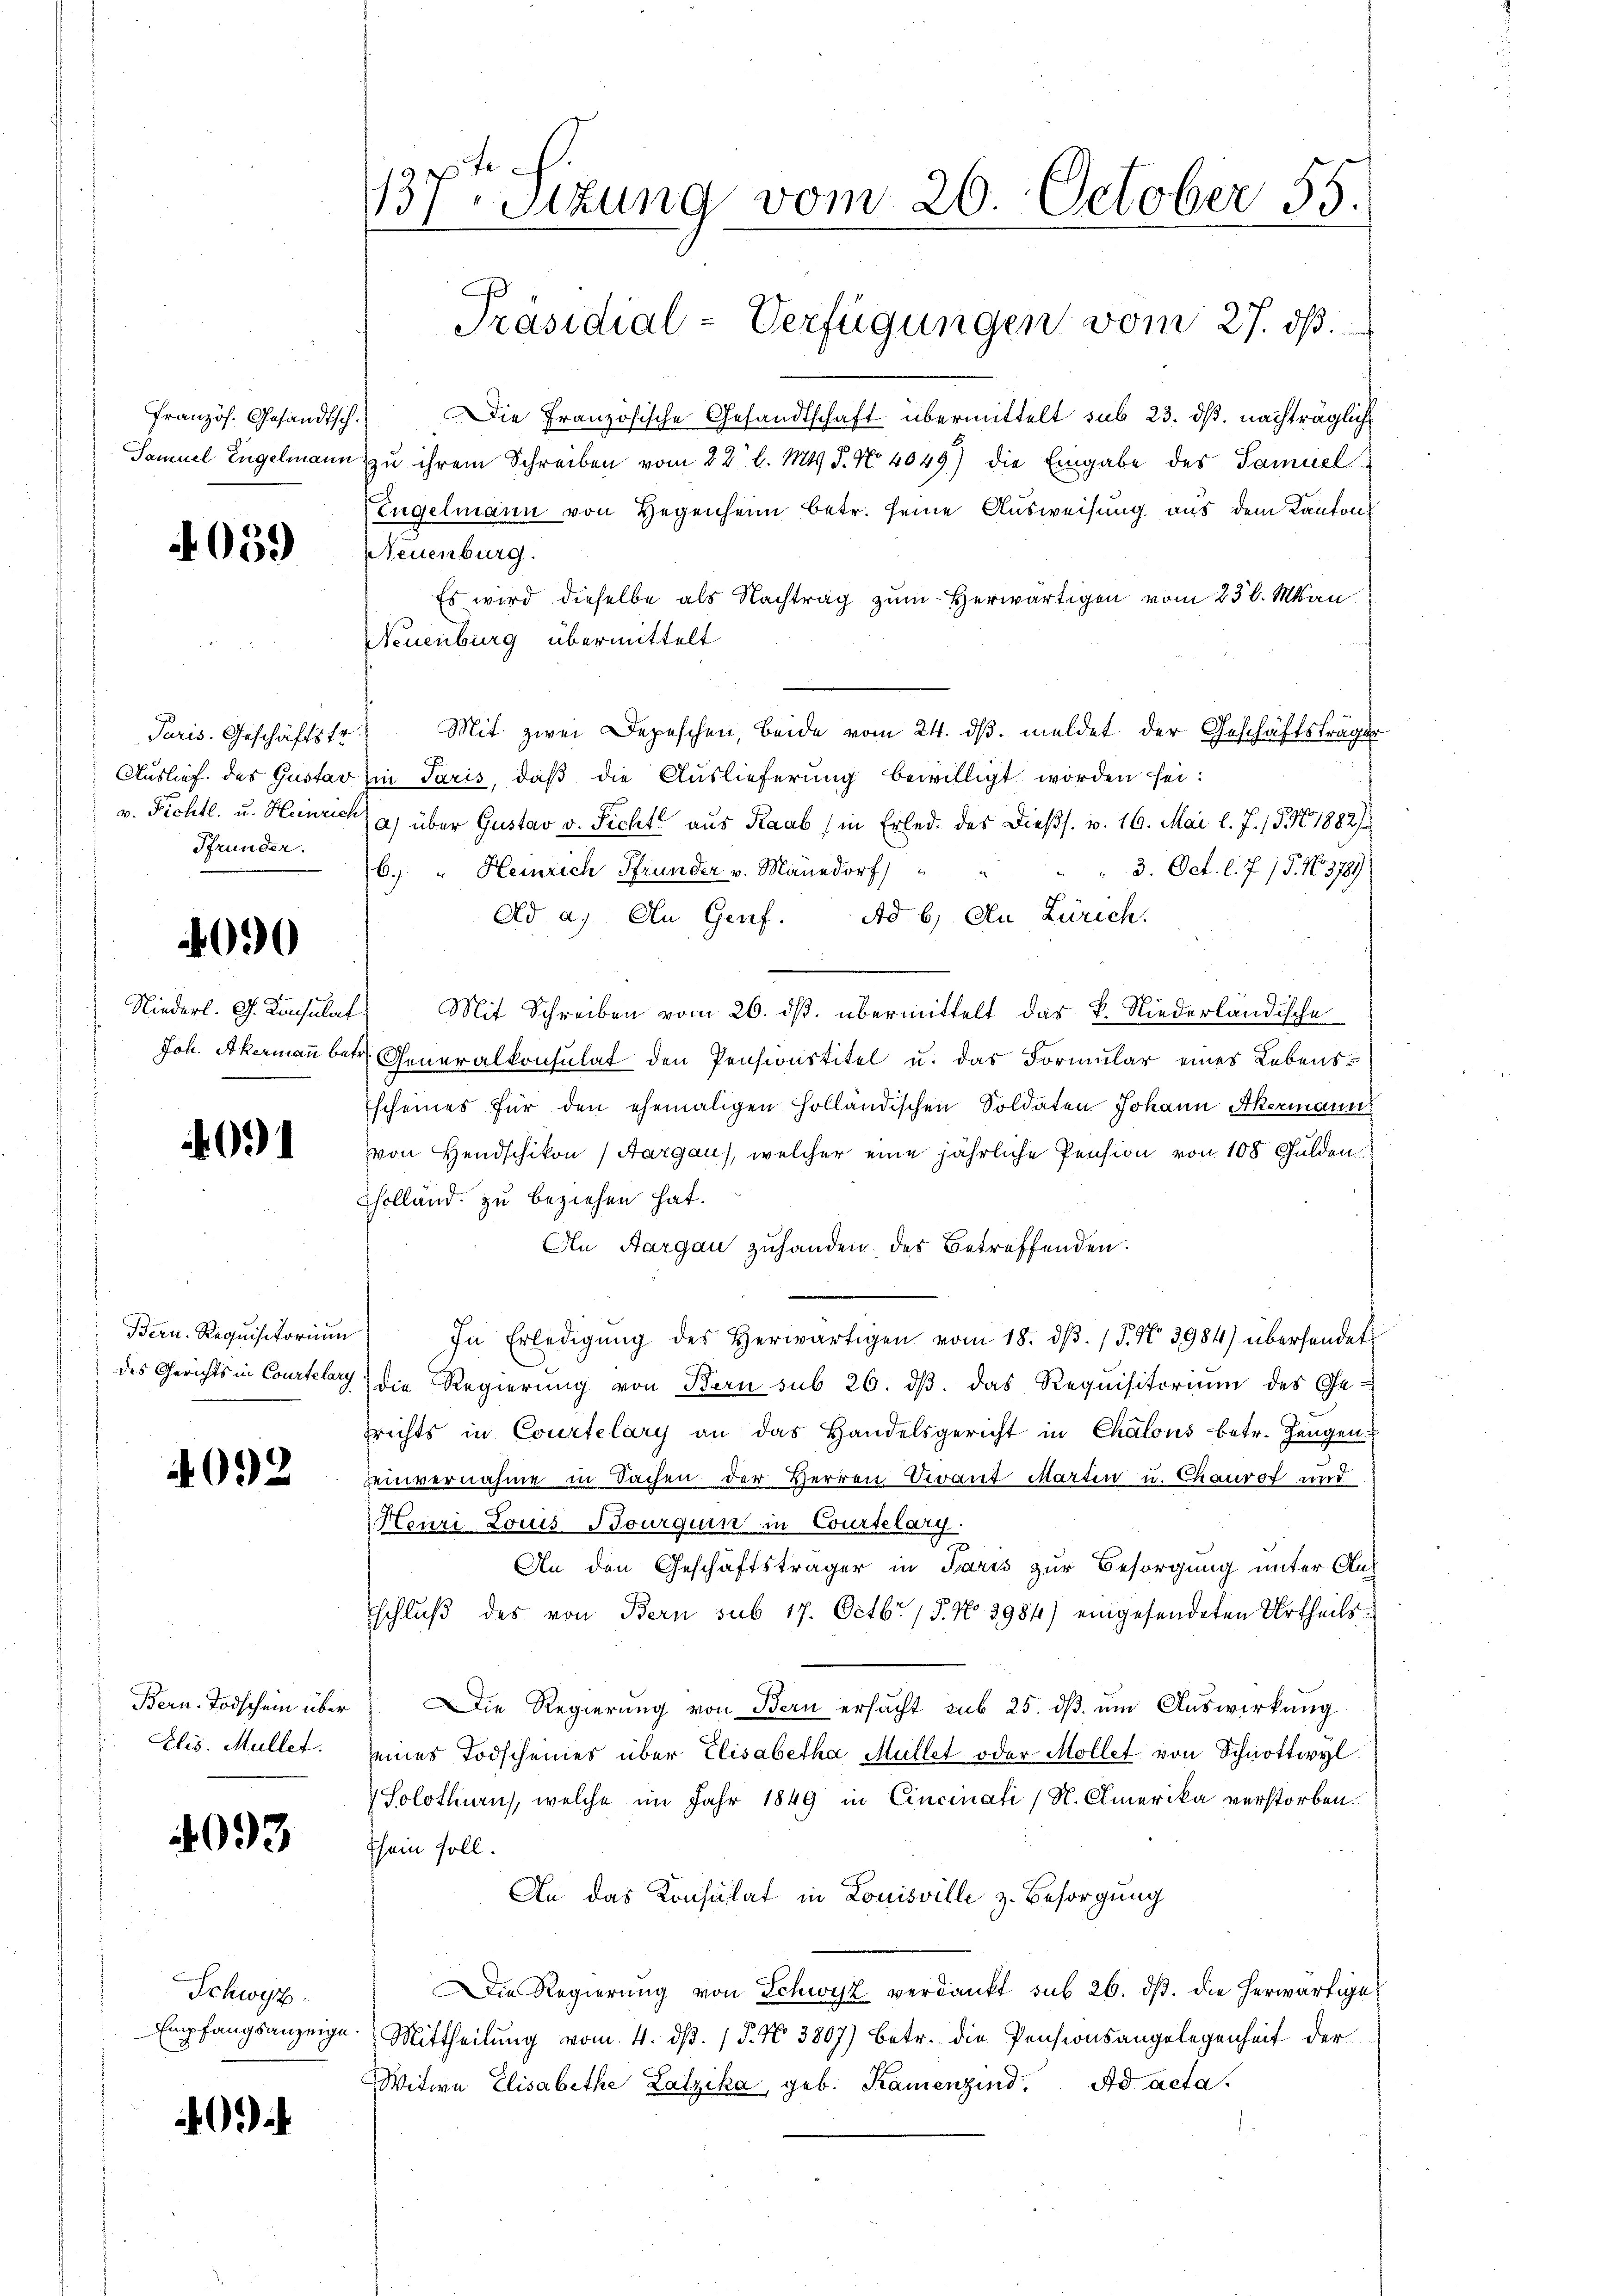
französ. Gesandtsch.
Samuel Engelmann

4059

Paris. Geschäftstr
Auslief. des Gustar
v. Fichtl. u. Heinrich
Pfrunder.

4090

Niederl. G. Kaisulat
Joh. Akermann bet

09

Bern. Requisitorium
des Gerichts in Courtelary

4092

Bern-Todschein über
Elis. Müllet.

093

Schwyz.
Empfangsanzeige

137. Sizung vom 26. October 55.
Präsidial-Verfügungen vom 27. ds.

Die Französische Gesandtschaft übermittelt sub 23. ds. nachträgliche
zu ihrem Schreiben vom 22 l. Mts. 3. No. 4049) die Eingabe des Samuel
Engelmann von Gegenheim betr. seine Ausweisung aus dem Kanton
Neuenburg.
Es wird dieselbe als Nachtrag zum Herwärtigen vom 23 l. Man
Neuenburg übermittelt
Mit zwei Depeschen, beide vom 24. dβ. meldet der Geschäftsträge
in Paris, daß die Auslieferung bewilligt worden sei:
a) über Gustav v. Ficht aus Raab (in Erled. des Dießs. v. 16. Mai l. J. 15. No 1882/
6.) " Heinrich Pfrunder v. Manedorf
3. Oct. l. J. 15. No. 3789
Ad a. An Genf. Ad b) An Zürich.
Mit Schreiben vom 26. ds. übermittelt das k. Niederländische
Generalkonsulat den Pensionstitel u. das Formŭlar eines Lebens
scheines für den ehemaligen Holländischen Soldaten Johann Akermann
von Hendschikon (Aargau), welcher eine jährliche Pension von 100 Gulden.
holland zu beziehen hat.
An Aargau zuhanden des Betreffenden.
In Erledigŭng des herwärtigen vom 18. dβ. / 5. No. 3984) übersendet
die Regierung von Bern sub 26. dβ das Requisitorium des Ge-
richts in Courtelary an das Handelsgericht in Chalons betr. Zeugen
einvernahme in Sachen der Herren Verant Martin u. Chaurot und
Heuri Louis Bourguin in Courtelary.
An den Geschäftsträger in Paris zur Besorgung unter Auf
schluß des von Bern sub 17. Octbr. / 5. No 3984) eingesendeten Urtheils
Die Regierung von Bern ersucht sub 25. dß um Auswirkung
eines Todscheines über Elisabetha Müllet oder Möllet von Schnottwyl
 Solothurn, welche im Jahr 1849 in Cincinati (N. Omerika verstorben.
sein soll.
An das Konsulat in Louisville z. Besorgung
Die Regierung von Schwyz verdankt sub 26. ds. die herwärtige
Mittheilung vom 4. dß. / 5. No 3807) betr. die Pensionsangelegenheit der
Witwe Elisabethe Latzika, geb. Kamenzind. Ad acta.